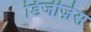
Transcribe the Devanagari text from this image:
डिजीज़ेस